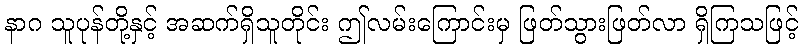
နာဂ သူပုန်တို့နှင့် အဆက်ရှိသူတိုင်း ဤလမ်းကြောင်းမှ ဖြတ်သွားဖြတ်လာ ရှိကြသဖြင့်